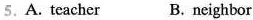
5.A. Teacher B.neighbor